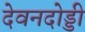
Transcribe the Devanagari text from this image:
देवनदोड्डी